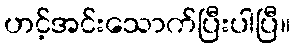
ဟင့်အင်းသောက်ပြီးပါပြီ။